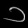
Digit: ၁